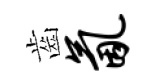
齒氤